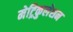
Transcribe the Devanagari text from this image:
मेट्रिकुलेशन